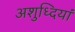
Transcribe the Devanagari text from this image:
अशुध्दियां